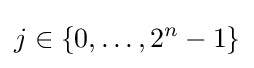
j\in \{0,\dots ,2^{n}-1\}